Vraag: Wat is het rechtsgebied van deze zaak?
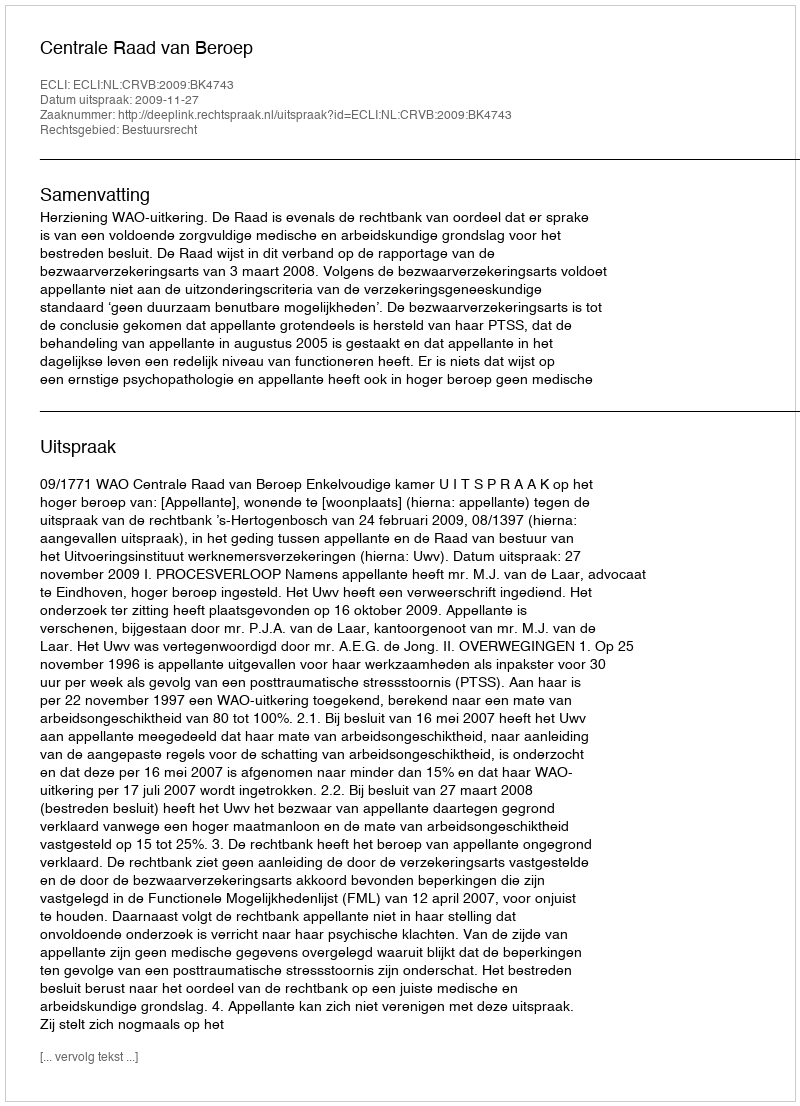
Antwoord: Bestuursrecht